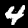
Label: 4